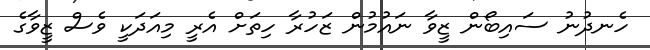
ހެނދުނު ސައިބޯން ޒީވާ ނައުމުން ޒަހުރާ ހިތަށް އެރީ މިއަދަކީ ވެސް ޒީވާގެ